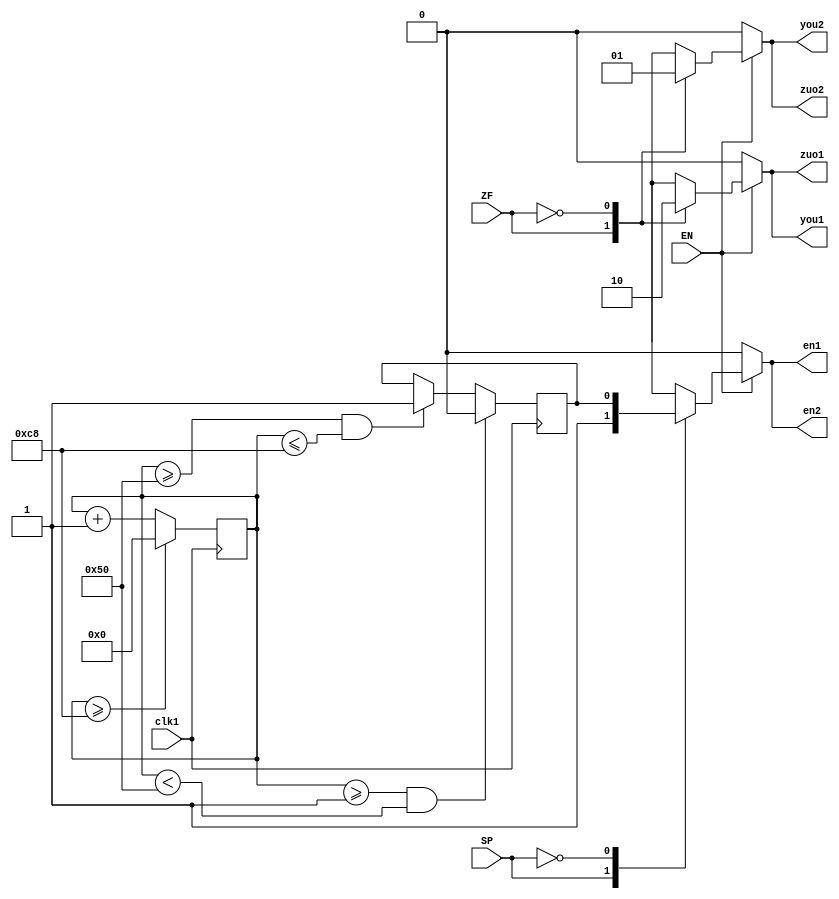
module PWM(clk1,ZF,SP,EN,zuo1,zuo2,you1,you2,en1,en2);
input clk1;
input  ZF;
input SP;
input  EN;
output zuo1,zuo2,you1,you2,en1,en2;
reg zuo1,zuo2,you1,you2,en1,en2;
reg [29:0]j;
reg fout;
always @(posedge clk1) 
	begin 
	if(j>=200)
		j<=0;
	else 
		j<=j+1;
		if(j>=1&&j<80)
			fout<=0;
		else 
			if (j>=80&&j<=200)fout<=1;
end
//-------------------
always @( ZF or SP or EN )
  begin
    if(EN==0)
		begin
			en1<=0;en2<=0;zuo2<=0;you2<=0;you1<=0;zuo1<=0;
		end
    else
			case(ZF)  
				1'b1:
						case(SP)
							1'b1:
								begin 
									en1<=1;en2<=1;zuo2<=0;you2<=0;you1<=1;zuo1<=1;
								end
							0:
								begin
									en1<=fout;en2<=fout;zuo2<=0;you2<=0;you1<=1;zuo1<=1;                  
								end
						endcase
				0:
						case(SP)
							1'b1:
								begin 
									en1<=1;en2<=1;zuo2<=1;you2<=1;you1<=0;zuo1<=0;
								end
							0:
								begin 
									en1<=fout;en2<=fout;zuo2<=1;you2<=1;you1<=0;zuo1<=0;
								end 
						endcase
				endcase
  end
endmodule